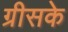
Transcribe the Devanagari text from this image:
ग्रीसके